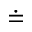
\doteq